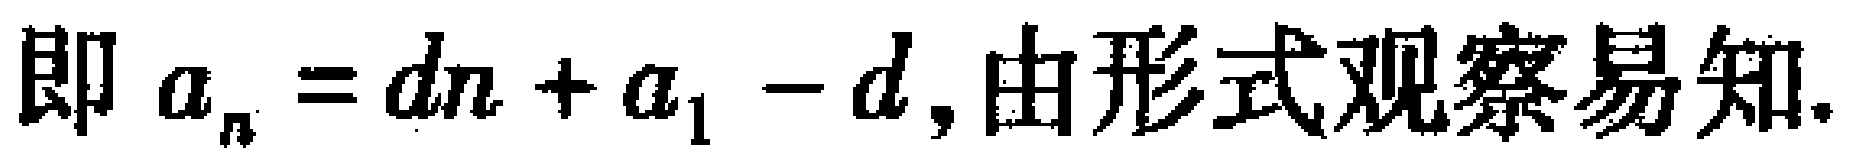
即 \(a_{n}=dn + a_{1}-d\),由形式观察易知.